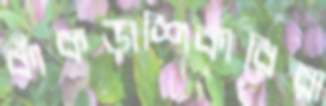
কাঁকড়াশিকারিরা